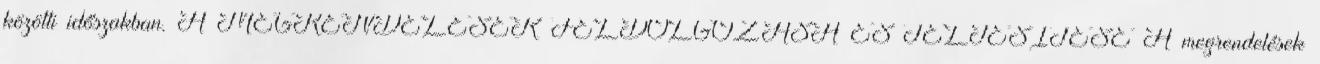
közötti időszakban. A MEGRENDELÉSEK FELDOLGOZÁSA ÉS TELJESÍTÉSE A megrendelések